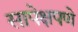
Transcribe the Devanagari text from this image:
सापेक्षपणे